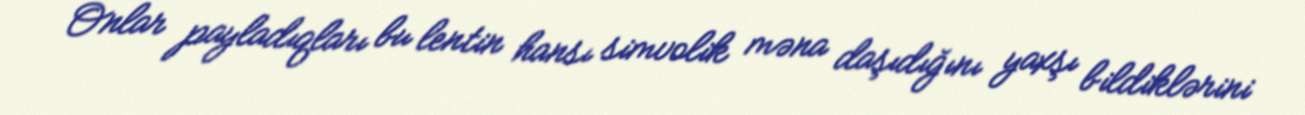
Onlar payladıqları bu lentin hansı simvolik məna daşıdığını yaxşı bildiklərini